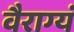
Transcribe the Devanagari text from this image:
वैराग्यं